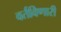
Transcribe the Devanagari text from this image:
वर्तविणारी